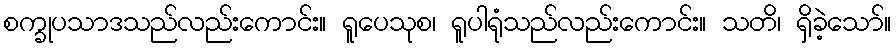
စက္ခုပသာဒသည်လည်းကောင်း။ ရူပေသုစ၊ ရူပါရုံသည်လည်းကောင်း။ သတိ၊ ရှိခဲ့သော်။